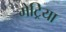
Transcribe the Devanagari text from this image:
मेट्रिया